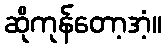
ဆိုကုန်တော့အံ့။